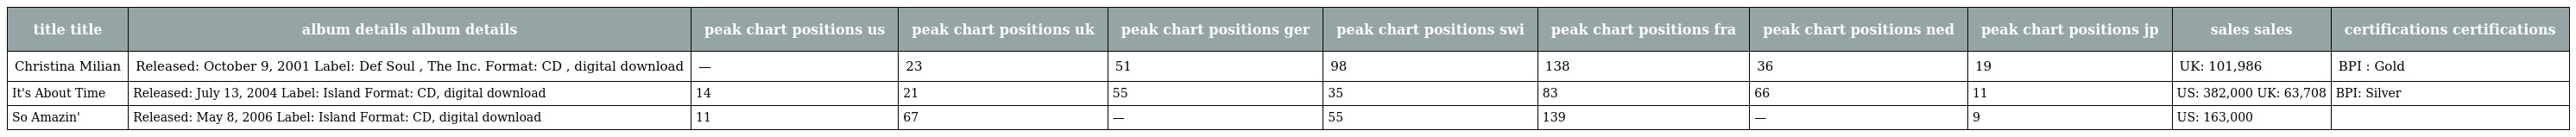
| title title | album details album details | peak chart positions us | peak chart positions uk | peak chart positions ger | peak chart positions swi | peak chart positions fra | peak chart positions ned | peak chart positions jp | sales sales | certifications certifications |
 | --- | --- | --- | --- | --- | --- | --- | --- | --- | --- | --- |
 | Christina Milian | Released: October 9, 2001 Label: Def Soul , The Inc. Format: CD , digital download | — | 23 | 51 | 98 | 138 | 36 | 19 | UK: 101,986 | BPI : Gold |
 | It's About Time | Released: July 13, 2004 Label: Island Format: CD, digital download | 14 | 21 | 55 | 35 | 83 | 66 | 11 | US: 382,000 UK: 63,708 | BPI: Silver |
 | So Amazin' | Released: May 8, 2006 Label: Island Format: CD, digital download | 11 | 67 | — | 55 | 139 | — | 9 | US: 163,000 |  |